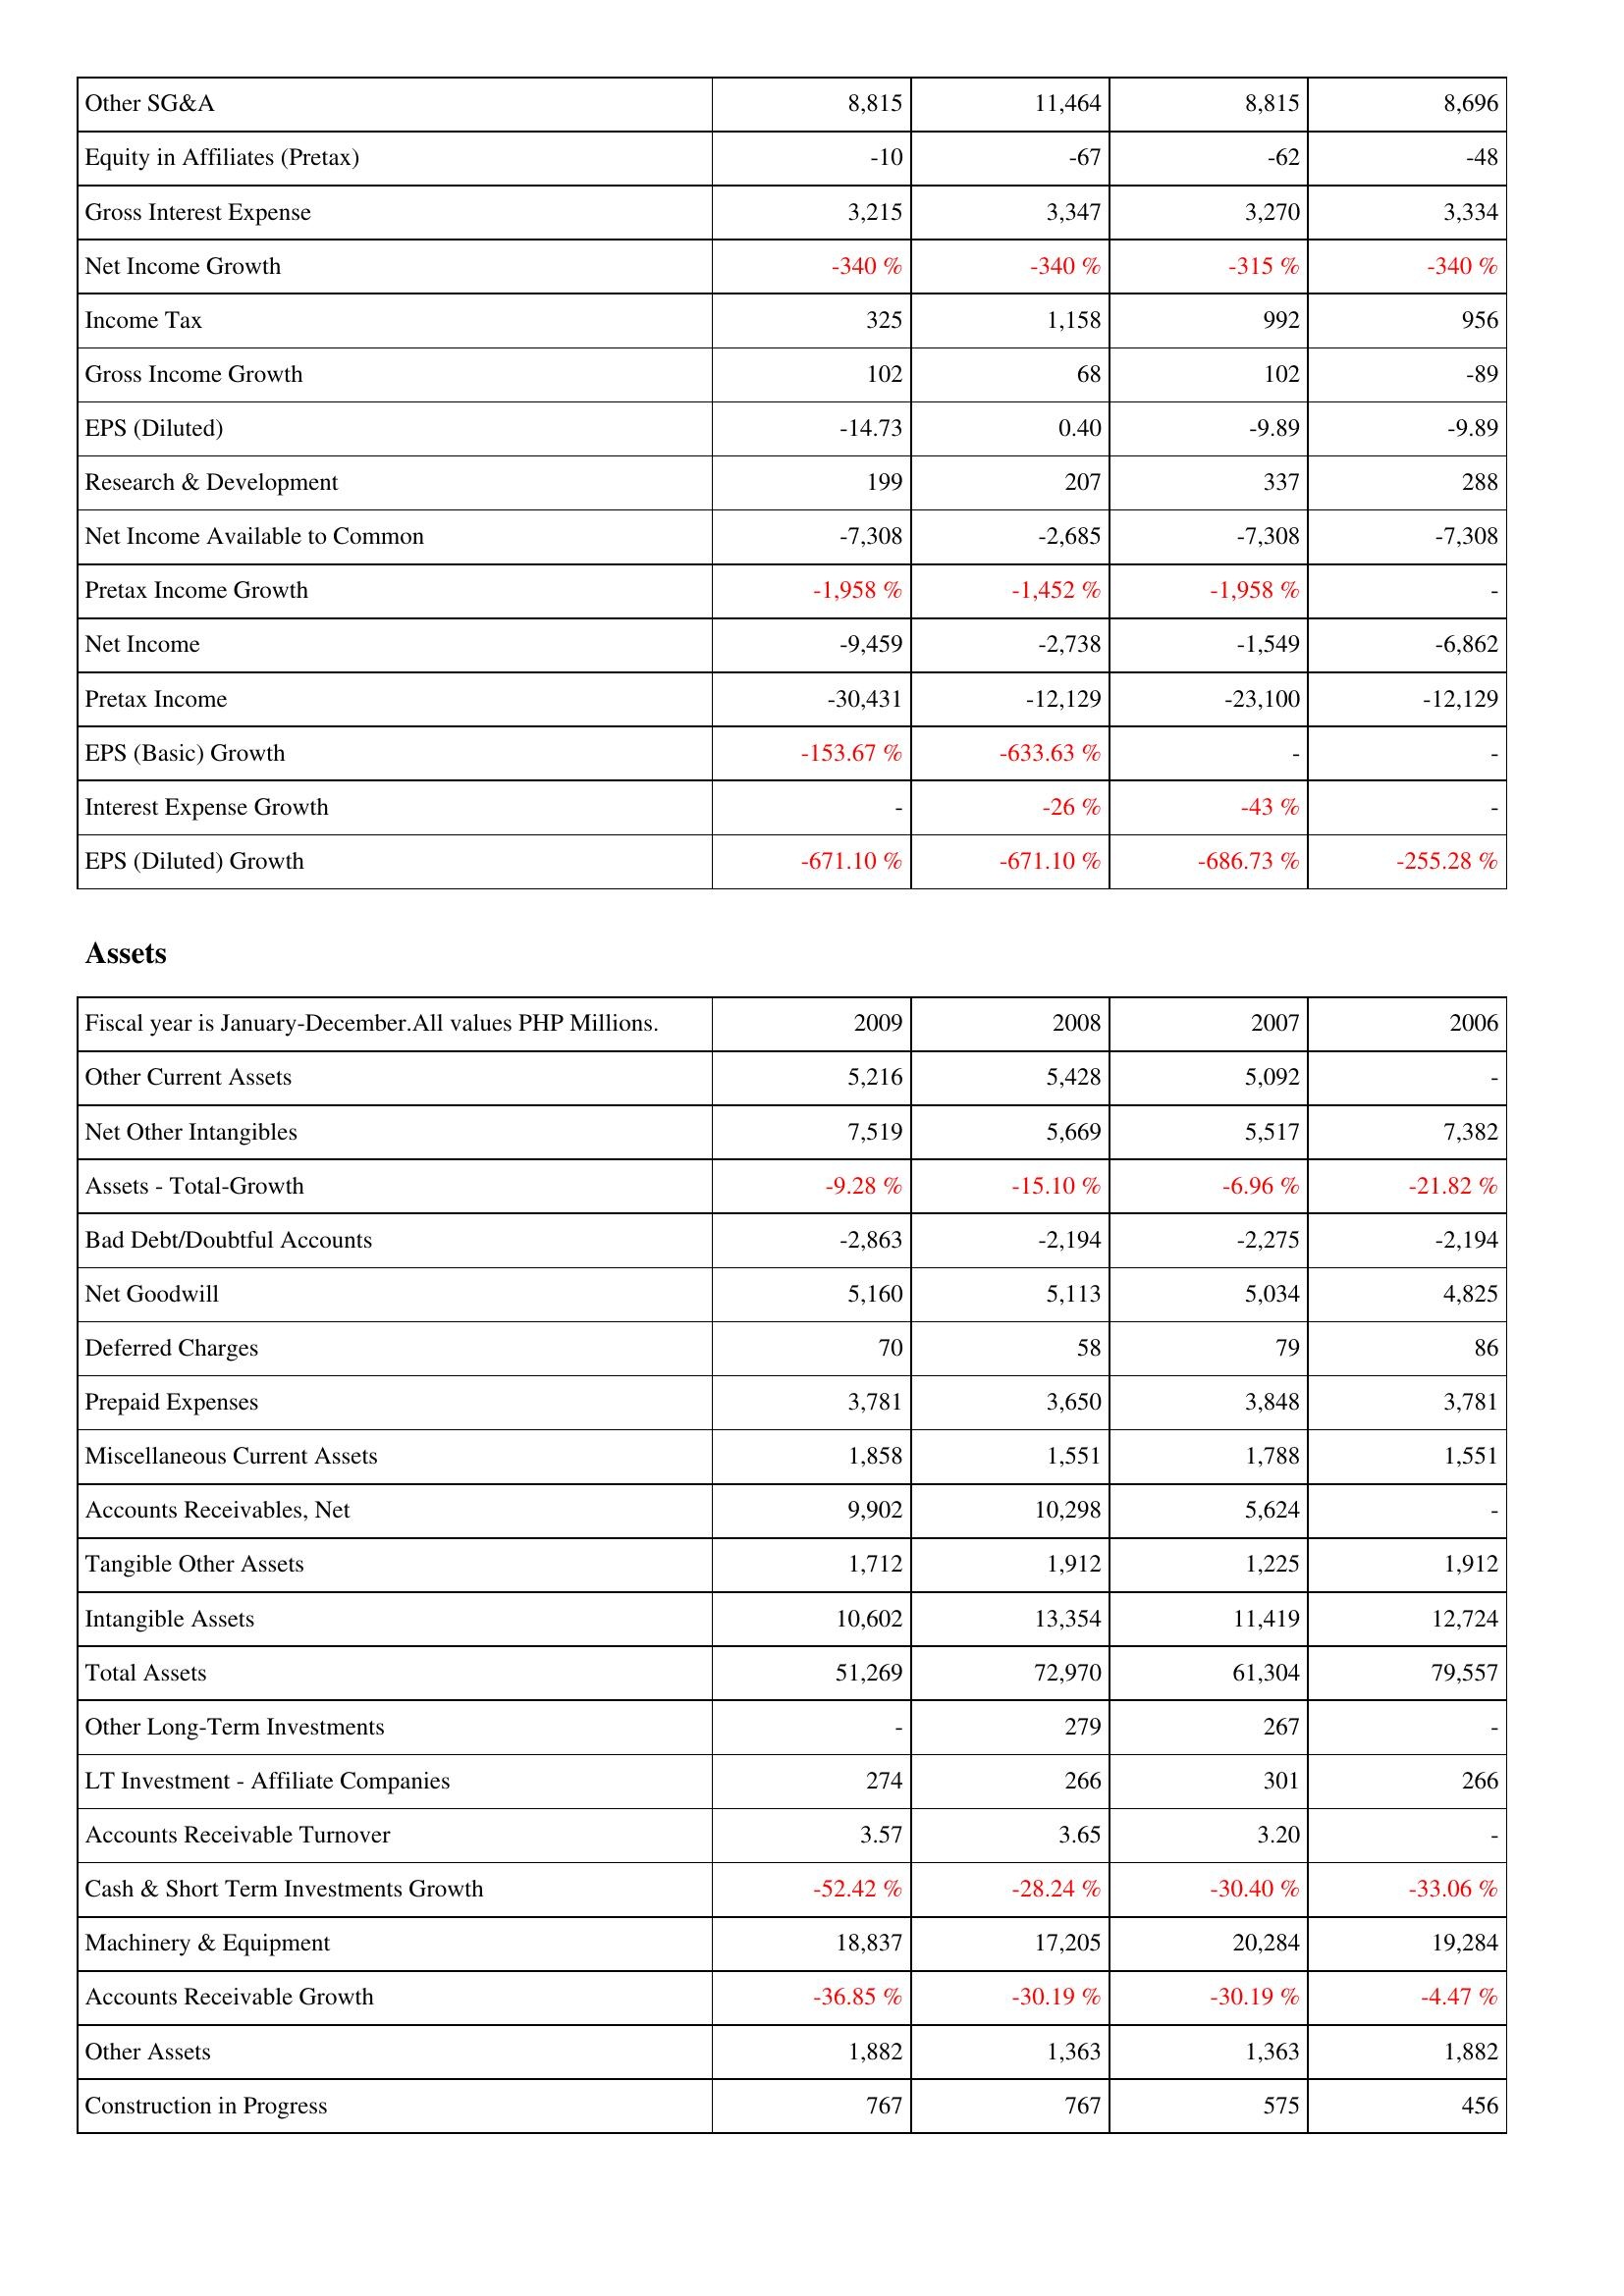
2009: Income Statement: Other SG&A: 8,815
Equity in Affiliates (Pretax): -10
Gross Interest Expense: 3,215
Net Income Growth: -340 %
Income Tax: 325
Gross Income Growth: 102
EPS (Diluted): -14.73
Research & Development: 199
Net Income Available to Common: -7,308
Pretax Income Growth: -1,958 %
Net Income: -9,459
Pretax Income: -30,431
EPS (Basic) Growth: -153.67 %
Interest Expense Growth: -
EPS (Diluted) Growth: -671.10 %
Assets: Other Current Assets: 5,216
Net Other Intangibles: 7,519
Assets - Total-Growth: -9.28 %
Bad Debt/Doubtful Accounts: -2,863
Net Goodwill: 5,160
Deferred Charges: 70
Prepaid Expenses: 3,781
Miscellaneous Current Assets: 1,858
Accounts Receivables, Net: 9,902
Tangible Other Assets: 1,712
Intangible Assets: 10,602
Total Assets: 51,269
Other Long-Term Investments: -
LT Investment - Affiliate Companies: 274
Accounts Receivable Turnover: 3.57
Cash & Short Term Investments Growth: -52.42 %
Machinery & Equipment: 18,837
Accounts Receivable Growth: -36.85 %
Other Assets: 1,882
Construction in Progress: 767
2008: Income Statement: Other SG&A: 11,464
Equity in Affiliates (Pretax): -67
Gross Interest Expense: 3,347
Net Income Growth: -340 %
Income Tax: 1,158
Gross Income Growth: 68
EPS (Diluted): 0.40
Research & Development: 207
Net Income Available to Common: -2,685
Pretax Income Growth: -1,452 %
Net Income: -2,738
Pretax Income: -12,129
EPS (Basic) Growth: -633.63 %
Interest Expense Growth: -26 %
EPS (Diluted) Growth: -671.10 %
Assets: Other Current Assets: 5,428
Net Other Intangibles: 5,669
Assets - Total-Growth: -15.10 %
Bad Debt/Doubtful Accounts: -2,194
Net Goodwill: 5,113
Deferred Charges: 58
Prepaid Expenses: 3,650
Miscellaneous Current Assets: 1,551
Accounts Receivables, Net: 10,298
Tangible Other Assets: 1,912
Intangible Assets: 13,354
Total Assets: 72,970
Other Long-Term Investments: 279
LT Investment - Affiliate Companies: 266
Accounts Receivable Turnover: 3.65
Cash & Short Term Investments Growth: -28.24 %
Machinery & Equipment: 17,205
Accounts Receivable Growth: -30.19 %
Other Assets: 1,363
Construction in Progress: 767
2007: Income Statement: Other SG&A: 8,815
Equity in Affiliates (Pretax): -62
Gross Interest Expense: 3,270
Net Income Growth: -315 %
Income Tax: 992
Gross Income Growth: 102
EPS (Diluted): -9.89
Research & Development: 337
Net Income Available to Common: -7,308
Pretax Income Growth: -1,958 %
Net Income: -1,549
Pretax Income: -23,100
EPS (Basic) Growth: -
Interest Expense Growth: -43 %
EPS (Diluted) Growth: -686.73 %
Assets: Other Current Assets: 5,092
Net Other Intangibles: 5,517
Assets - Total-Growth: -6.96 %
Bad Debt/Doubtful Accounts: -2,275
Net Goodwill: 5,034
Deferred Charges: 79
Prepaid Expenses: 3,848
Miscellaneous Current Assets: 1,788
Accounts Receivables, Net: 5,624
Tangible Other Assets: 1,225
Intangible Assets: 11,419
Total Assets: 61,304
Other Long-Term Investments: 267
LT Investment - Affiliate Companies: 301
Accounts Receivable Turnover: 3.20
Cash & Short Term Investments Growth: -30.40 %
Machinery & Equipment: 20,284
Accounts Receivable Growth: -30.19 %
Other Assets: 1,363
Construction in Progress: 575
2006: Income Statement: Other SG&A: 8,696
Equity in Affiliates (Pretax): -48
Gross Interest Expense: 3,334
Net Income Growth: -340 %
Income Tax: 956
Gross Income Growth: -89
EPS (Diluted): -9.89
Research & Development: 288
Net Income Available to Common: -7,308
Pretax Income Growth: -
Net Income: -6,862
Pretax Income: -12,129
EPS (Basic) Growth: -
Interest Expense Growth: -
EPS (Diluted) Growth: -255.28 %
Assets: Other Current Assets: -
Net Other Intangibles: 7,382
Assets - Total-Growth: -21.82 %
Bad Debt/Doubtful Accounts: -2,194
Net Goodwill: 4,825
Deferred Charges: 86
Prepaid Expenses: 3,781
Miscellaneous Current Assets: 1,551
Accounts Receivables, Net: -
Tangible Other Assets: 1,912
Intangible Assets: 12,724
Total Assets: 79,557
Other Long-Term Investments: -
LT Investment - Affiliate Companies: 266
Accounts Receivable Turnover: -
Cash & Short Term Investments Growth: -33.06 %
Machinery & Equipment: 19,284
Accounts Receivable Growth: -4.47 %
Other Assets: 1,882
Construction in Progress: 456